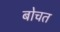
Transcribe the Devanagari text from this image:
बोचत